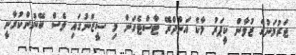
ޖަރުމަނުގެ ޒުވާން ކީޕަރު މާކް އަންދްރޭ ޓާސްޓެގަން މި ސީޒަނުގައި ވެސް ބޭނުންކުރާނީ